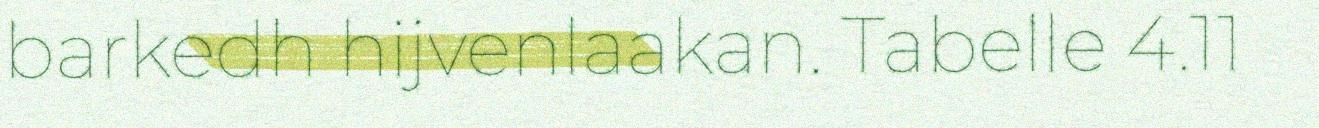
barkedh hijvenlaakan. Tabelle 4.11